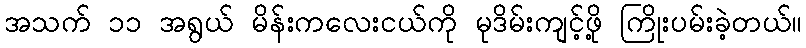
အသက် ၁၁ အရွယ် မိန်းကလေးငယ်ကို မုဒိမ်းကျင့်ဖို့ ကြိုးပမ်းခဲ့တယ်။